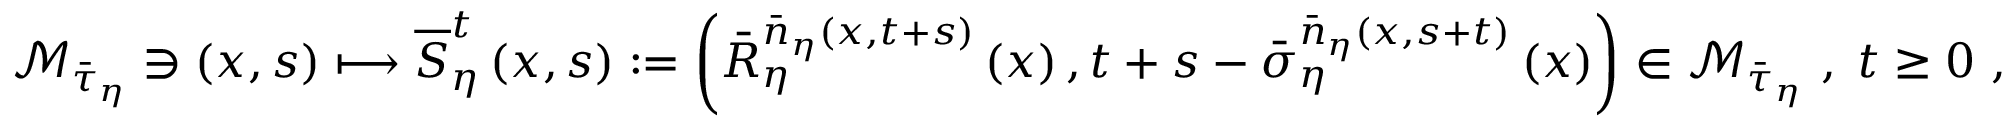
\mathcal { M } _ { \bar { \tau } _ { \eta } } \ni \left( x , s \right) \longmapsto \overline { { S } } _ { \eta } ^ { t } \left( x , s \right) : = \left( \bar { R } _ { \eta } ^ { \bar { n } _ { \eta } \left( x , t + s \right) } \left( x \right) , t + s - \bar { \sigma } _ { \eta } ^ { \bar { n } _ { \eta } \left( x , s + t \right) } \left( x \right) \right) \in \mathcal { M } _ { \bar { \tau } _ { \eta } } \ , \; t \geq 0 \ ,